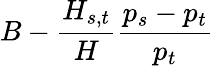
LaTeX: B-\frac{H_{s,t}}{H}\frac{p_{s}-p_{t}}{p_{t}}